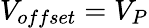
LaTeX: V_{offset}=V_{P}